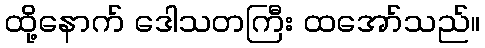
ထို့နောက် ဒေါသတကြီး ထအော်သည်။